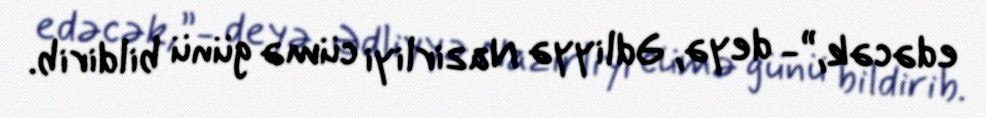
edəcək,”- deyə, Ədliyyə Nazirliyi cümə günü bildirib.